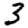
Digit: 3